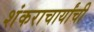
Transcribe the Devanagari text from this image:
शंकराचार्यांची